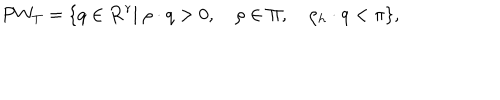
P W _ { T } = \{ q \in { \bf R } ^ { r } | \ \rho \cdot q > 0 , \quad \rho \in \Pi , \quad \rho _ { h } \cdot q < \pi \} ,